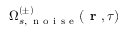
\Omega _ { s , \, \mathrm { ~ n ~ o ~ i ~ s ~ e ~ } } ^ { ( \pm ) } ( \textbf { r } , \tau )